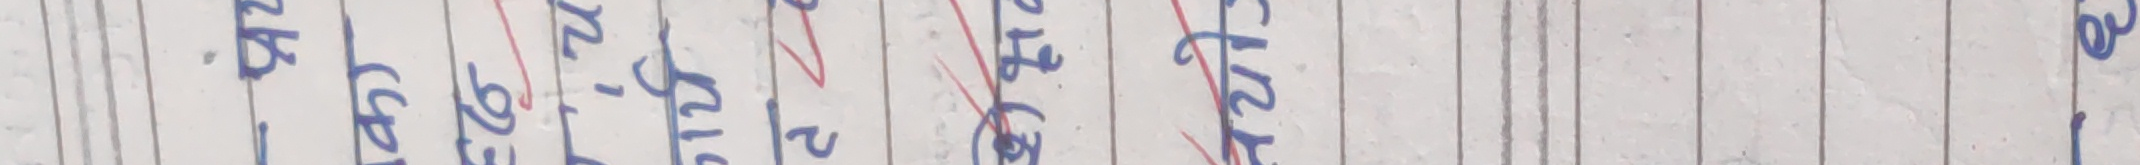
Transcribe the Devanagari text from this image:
हुन् । चरित्‌ ।
आर्टर गालर